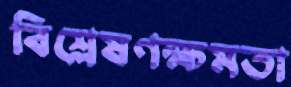
বিশ্লেষণক্ষমতা